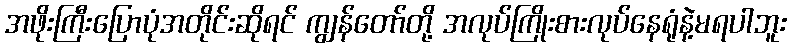
အဖိုးကြီးပြောပုံအတိုင်းဆိုရင် ကျွန်တော်တို့ အလုပ်ကြိုးစားလုပ်နေရုံနဲ့မရပါဘူး